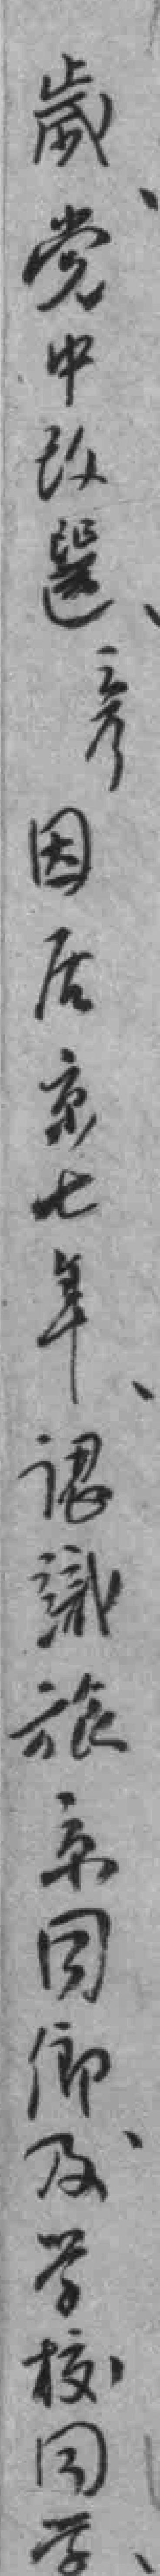
歲党中改選彦因后京七年認識旅京同鄉及学校同学